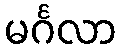
မင်္ဂလာ